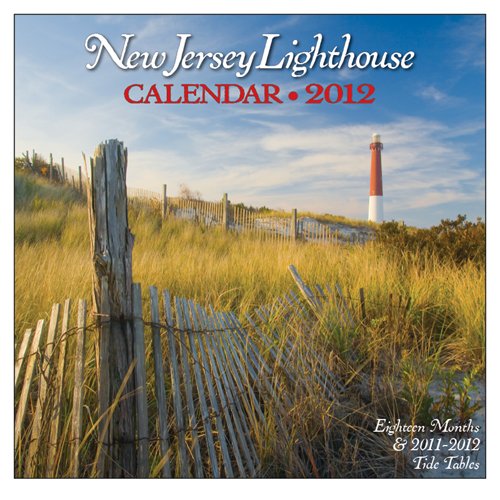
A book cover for New Jersey Lighthouse Calendar 2012; Down The Shore; Calendars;